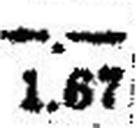
1.67